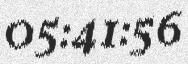
05:41:56